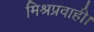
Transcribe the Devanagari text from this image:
मिश्रप्रवाही।